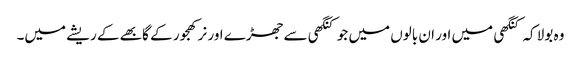
وہ بولا کہ کنگھی میں اور ان بالوں میں جو کنگھی سے جھڑے اور نر کھجور کے گابھے کے ریشے میں۔